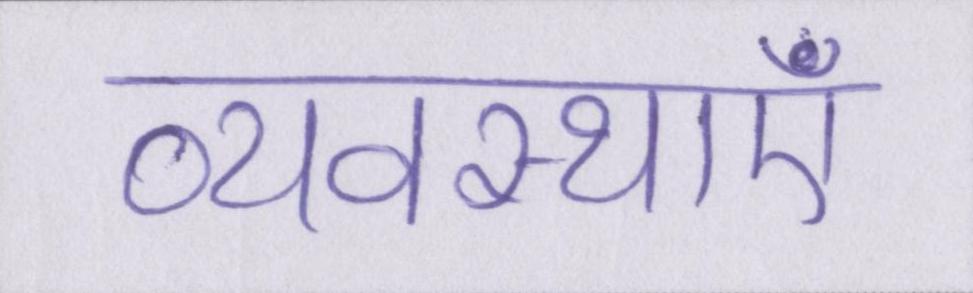
व्यवस्थाएं